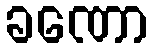
ခဏော